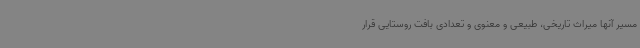
مسیر آنها میراث‌ تاریخی، طبیعی و معنوی و تعدادی بافت روستایی قرار